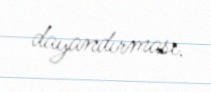
dayandırması.